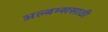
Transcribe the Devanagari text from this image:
अल्बम्ससाठी